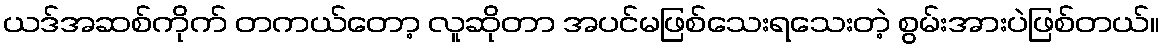
ယဒ်အဆစ်ကိုက် တကယ်တော့ လူဆိုတာ အပင်မဖြစ်သေးရသေးတဲ့ စွမ်းအားပဲဖြစ်တယ်။